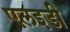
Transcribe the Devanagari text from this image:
एलइडी